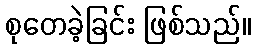
စုတေခဲ့ခြင်း ဖြစ်သည်။